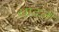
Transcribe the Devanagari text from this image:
खांदली